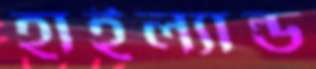
হাইল্যাল্ড